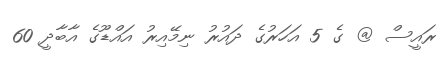
ރައީސް @ ގެ 5 އަހަރުގެ ދައުރު ނިމޭއިރު އައްޑޫގެ އާބާދީ 60